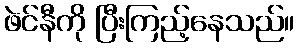
ဖဲင်နီကို ပြီးကြည့်နေသည်။